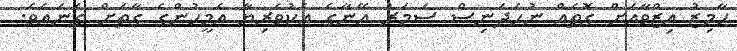
ހާމިޒު ޢިޒްވާއަށް ގޮތެއް ނުހަދަނިސް ސަމަރު އޭނާގެ އެކުވެރިޔާ އެމީހުންގެ ގާތަށް ގެނައެވެ.